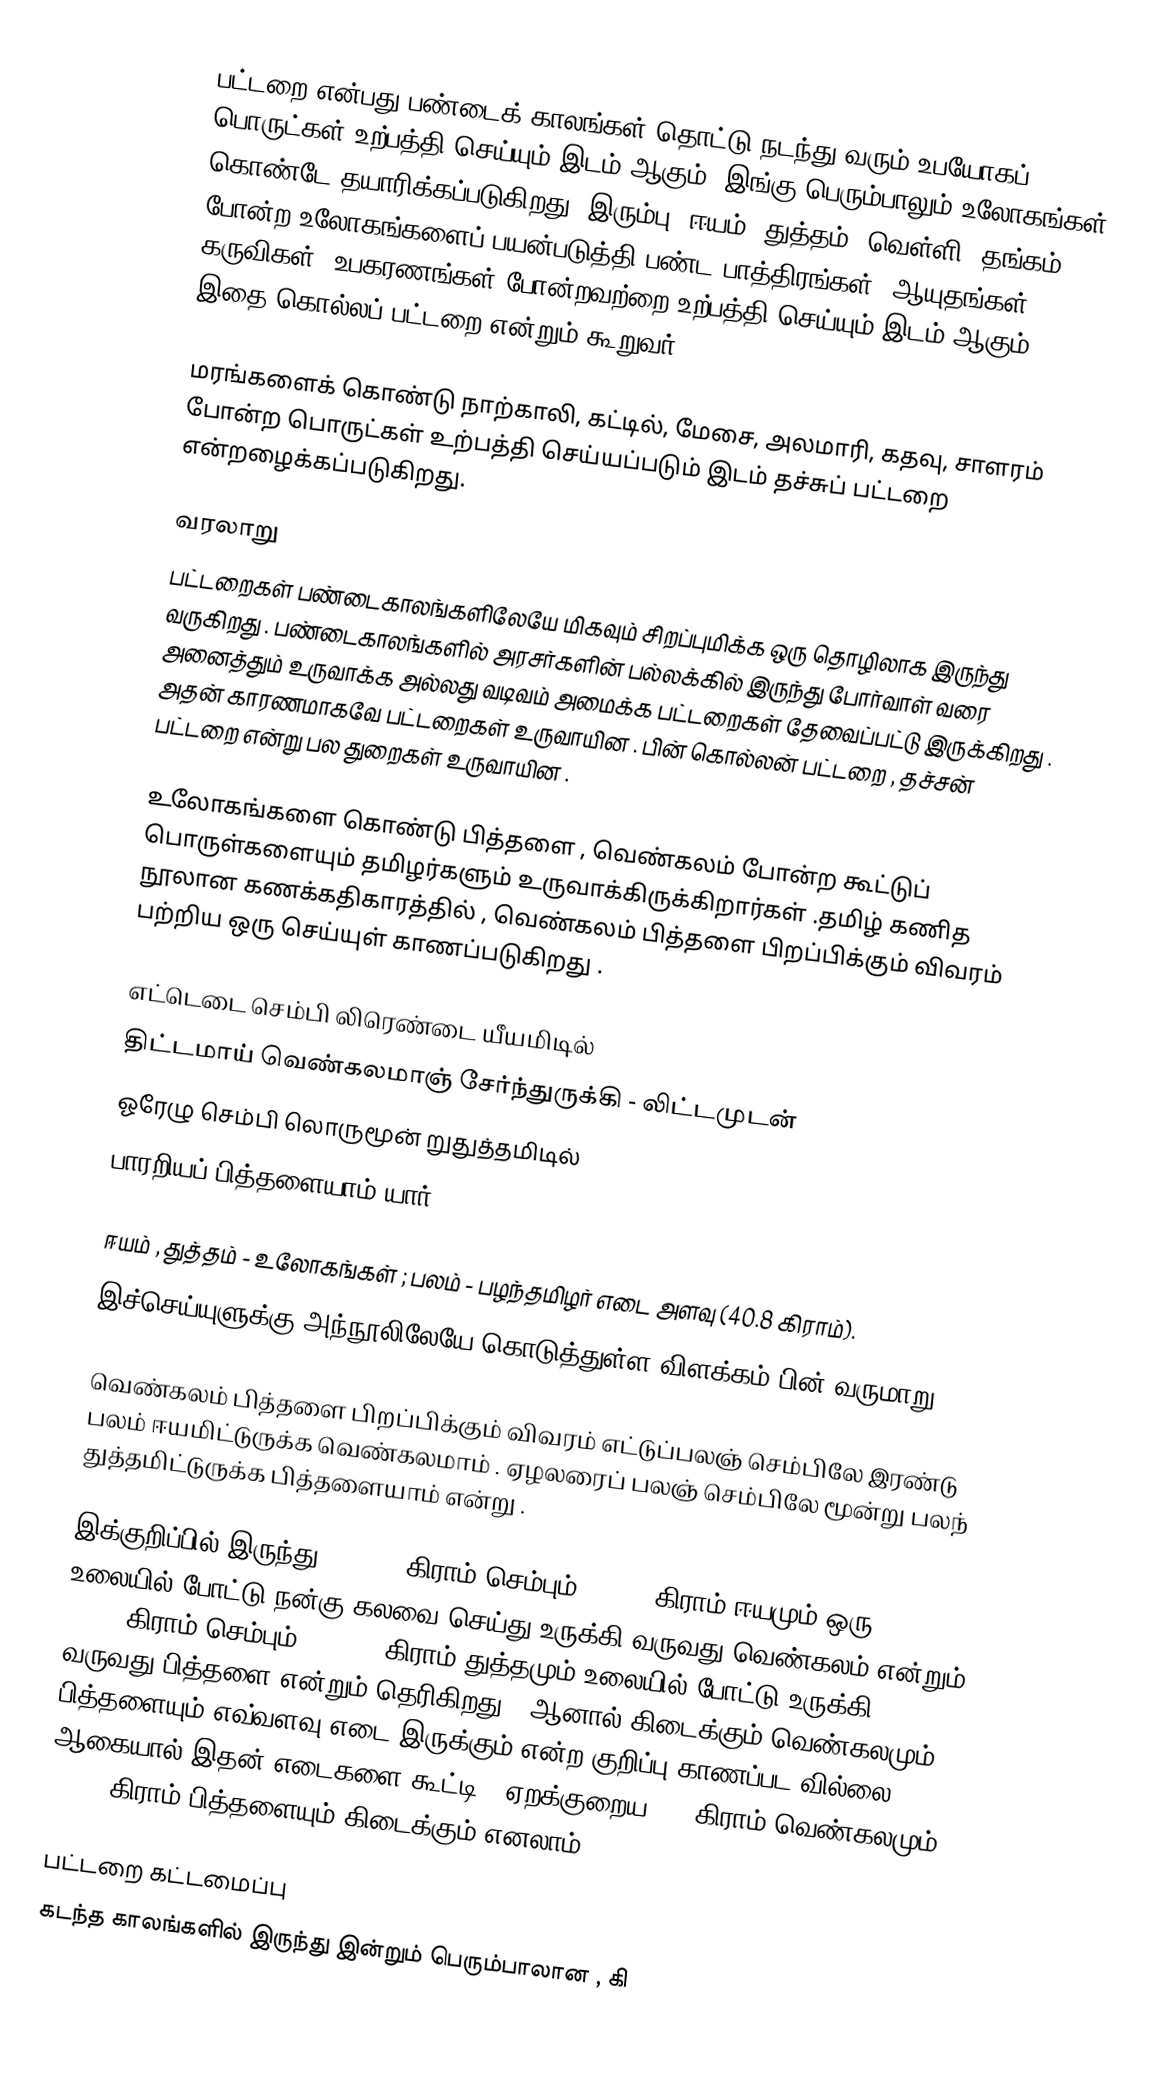
பட்டறை என்பது பண்டைக் காலங்கள் தொட்டு நடந்து வரும் உபயோகப் பொருட்கள் உற்பத்தி செய்யும் இடம் ஆகும். இங்கு பெரும்பாலும் உலோகங்கள் கொண்டே தயாரிக்கப்படுகிறது. இரும்பு, ஈயம், துத்தம், வெள்ளி, தங்கம் போன்ற உலோகங்களைப் பயன்படுத்தி பண்ட பாத்திரங்கள், ஆயுதங்கள், கருவிகள், உபகரணங்கள் போன்றவற்றை உற்பத்தி செய்யும் இடம் ஆகும். இதை கொல்லப் பட்டறை என்றும் கூறுவர்.

மரங்களைக் கொண்டு நாற்காலி, கட்டில், மேசை, அலமாரி, கதவு, சாளரம் போன்ற பொருட்கள் உற்பத்தி செய்யப்படும் இடம் தச்சுப் பட்டறை என்றழைக்கப்படுகிறது.

வரலாறு
பட்டறைகள் பண்டைகாலங்களிலேயே மிகவும் சிறப்புமிக்க ஒரு தொழிலாக இருந்து வருகிறது . பண்டைகாலங்களில் அரசர்களின் பல்லக்கில் இருந்து போர்வாள் வரை அனைத்தும் உருவாக்க அல்லது வடிவம் அமைக்க பட்டறைகள் தேவைப்பட்டு இருக்கிறது . அதன் காரணமாகவே பட்டறைகள் உருவாயின . பின் கொல்லன் பட்டறை , தச்சன் பட்டறை என்று பல துறைகள் உருவாயின .

உலோகங்களை கொண்டு பித்தளை , வெண்கலம் போன்ற கூட்டுப் பொருள்களையும் தமிழர்களும் உருவாக்கிருக்கிறார்கள் .தமிழ் கணித நூலான கணக்கதிகாரத்தில் , வெண்கலம் பித்தளை பிறப்பிக்கும் விவரம் பற்றிய ஒரு செய்யுள் காணப்படுகிறது .

எட்டெடை செம்பி லிரெண்டை யீயமிடில்
திட்டமாய் வெண்கலமாஞ் சேர்ந்துருக்கி - லிட்டமுடன்
ஓரேழு செம்பி லொருமூன் றுதுத்தமிடில்
பாரறியப் பித்தளையாம் யார்.

ஈயம் , துத்தம் - உலோகங்கள் ; பலம் - பழந்தமிழர் எடை அளவு (40.8 கிராம்).
இச்செய்யுளுக்கு அந்நூலிலேயே கொடுத்துள்ள விளக்கம் பின் வருமாறு .

வெண்கலம் பித்தளை பிறப்பிக்கும் விவரம் எட்டுப்பலஞ் செம்பிலே இரண்டு பலம் ஈயமிட்டுருக்க வெண்கலமாம் . ஏழலரைப் பலஞ் செம்பிலே மூன்று பலந் துத்தமிட்டுருக்க பித்தளையாம் என்று .

இக்குறிப்பில் இருந்து ,  321.6 கிராம் செம்பும் , 81.6 கிராம் ஈயமும் ஒரு உலையில் போட்டு நன்கு கலவை செய்து உருக்கி வருவது வெண்கலம் என்றும் , 306 கிராம் செம்பும் , 122.4 கிராம் துத்தமும் உலையில் போட்டு உருக்கி வருவது பித்தளை என்றும் தெரிகிறது . ஆனால் கிடைக்கும் வெண்கலமும் , பித்தளையும் எவ்வளவு எடை இருக்கும் என்ற குறிப்பு காணப்பட வில்லை . ஆகையால் இதன் எடைகளை கூட்டி , ஏறக்குறைய 400 கிராம் வெண்கலமும் , 425 கிராம் பித்தளையும் கிடைக்கும் எனலாம்.

பட்டறை கட்டமைப்பு
கடந்த காலங்களில் இருந்து இன்றும் பெரும்பாலான , கி